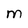
Character: M